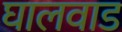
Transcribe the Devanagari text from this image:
घालवाड